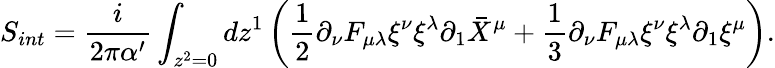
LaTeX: S_{int}=\frac{i}{2\pi\alpha^{\prime}}\int_{z^{2}=0}dz^{1}\left(\frac{1}{2}\partial_{\nu}F_{\mu\lambda}\xi^{\nu}\xi^{\lambda}\partial_{1}\bar{X}^{\mu}+\frac{1}{3}\partial_{\nu}F_{\mu\lambda}\xi^{\nu}\xi^{\lambda}\partial_{1}\xi^{\mu}\right).